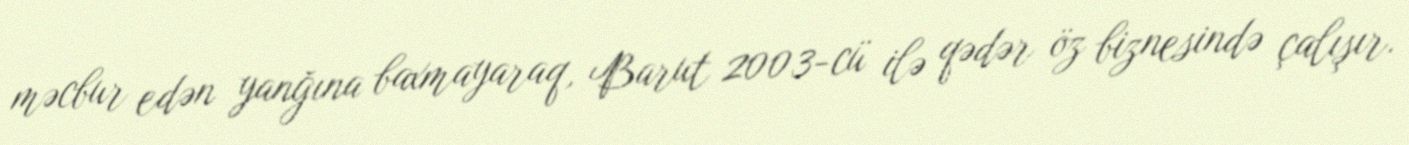
məcbur edən yanğına baxmayaraq, Barut 2003-cü ilə qədər öz biznesində çalışır.